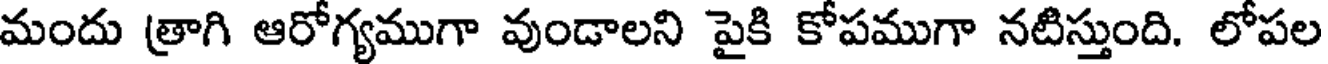
మందు త్రాగి ఆరోగ్యముగా వుండాలని పైకి కోపముగా నటిస్తుంది. లోపల